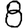
Digit: 8